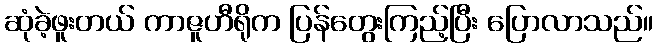
ဆုံခဲ့ဖူးတယ် ကာဇူဟီရိုက ပြန်တွေးကြည့်ပြီး ပြောလာသည်။